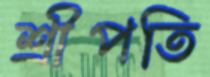
শ্রীপতি